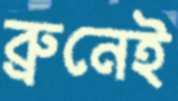
ব্রুনেই